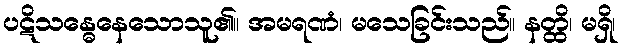
ပဋိသန္ဓေနေသောသူ၏။ အမရဏံ၊ မသေခြင်းသည်။ နတ္ထိ၊ မရှိ၊